Materia medica of Madras volume I
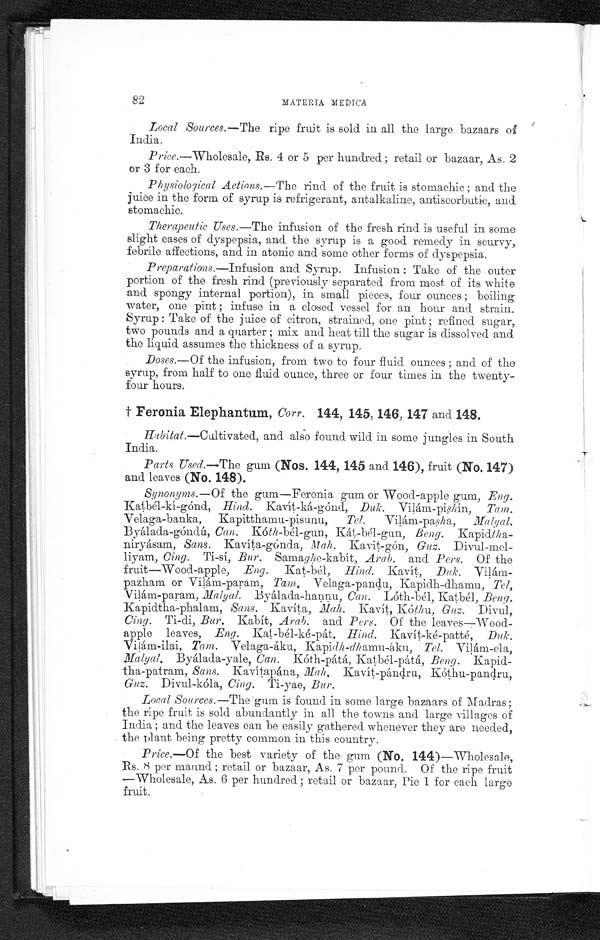
82
MATERIA MEDICA
Local Sources.—The ripe fruit is sold in all the large bazaars of
India.
Price .—Wholesale, Rs. 4 or 5 per hundred; retail or bazaar, As. 2
or 3 for each.
Physiological Actions.—The rind of the fruit is stomachic; and the
juice in the form of syrup is refrigerant, antalkaline, antiscorbutic, and.
stomachic.
Therapeutic Uses.—The infusion of the fresh rind is useful in some
slight cases of dyspepsia, and. the syrup is a good remedy in scurvy,
febrile affections, and in atonic and some other forms of dyspepsia.
Preparations.—Infusion and Syrup. Infusion: Take of the outer
portion of the fresh rind (previously separated from most of its white
and. spongy internal portion), in small pieces, four ounces; boiling
water, one pint; infuse in a closed vessel for an hour and strain.
Syrup: Take of the juice of citron, strained, one pint; refined sugar,
two pounds and a quarter; mix and heat till the sugar is dissolved and
the liquid. assumes the thickness of a syrup.
Doses.— Of the infusion, from two to four fluid ounces; and of the
syrup, from half to one fluid ounce, three or four times in the twenty-
four hours.
† Feronia Elephantum, Corr. 144, 145, 146, 147 and 148.
Habitat.—Cultivated, and also found wild in some jungles in South
India.
Parts Used.—The gum (Nos. 144, 145 and 146), fruit (No. 147)
and leaves (No. 148).
Synonyms.— Of the gum—Feronia gum or Wood-apple gum, Eng.
Kathél-kí-gónd, Hind. Kavít-ká-gónd, Duk. Vilám-pishin, Tam.
Velaga-banka, Kapitthamu-pisunu, tel.
Vilám-pasha, Malyal-
Byálada-góndú, Can. Kóth -bél - gun , Kát-bél-gun, Beng. Kapidtha
- n i r y á s a m ,
Sans. Kavíta-gónda, Mah. Kavit-gón, Guz. Divul-mel-
liyam, Cing. Ti-sí, Bur. Sama ghe - k a b í t ,
A r a b .
a n d
P e r s .
O f t h e
fruit—Wood-apple, Eng. Kat-bél, Hind. Kavít, Duk. Vilám-
pazham or Vilám-param, Tam. Velaga-pandu, Kapidh-dhamu, Tel,
Vilám-param, Malyal. Byálada-hannu, Can. Lóth-bél, Katbél, Beng.
Kapidtha-phalam, Sans. Kavíta, Kavít, Kóthu, Guz. Divul,
Cing. Ti-di, Bur. Kabít, Arab. and Pers. Of the leaves—Wood-
apple leaves, Eng. Kat-bél-ké-pát, Hind. Kavít-ké-patté, Duk.
Vilám-ilai, Tam. Velaga-áku,
K a p i
d h - d h
a m u - á k u ,
T e l .
V i l á m - e l a ,
M a l y a l .
B y á l a d a - y a l e ,
C a n .
kóth-p
átá, Katbél-pátá, Beng. Kapid-
tha-patram, Sans. Kavítapána, Mah. Kavít-pándru, Kóthu-pandru,
Guz. Divul-kóla, Cing. Ti-yae, Bur.
Local Sources.—The gum is found in some large bazaars of Madras;
the ripe fruit is sold abundantly in all the towns and large villages of
India; and the leaves can be easily gathered whenever they aro needed,
the plant being pretty common in this country.
Price.—Of the best variety of the gum (No. 144)—Wholesale,
Rs. 8 per maund; retail or bazaar, As. 7 per pound. Of the ripe fruit
—Wholesale, As. 6 per hundred; retail or bazaar, Pie 1 for each large
fruit.